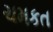
ચમકત